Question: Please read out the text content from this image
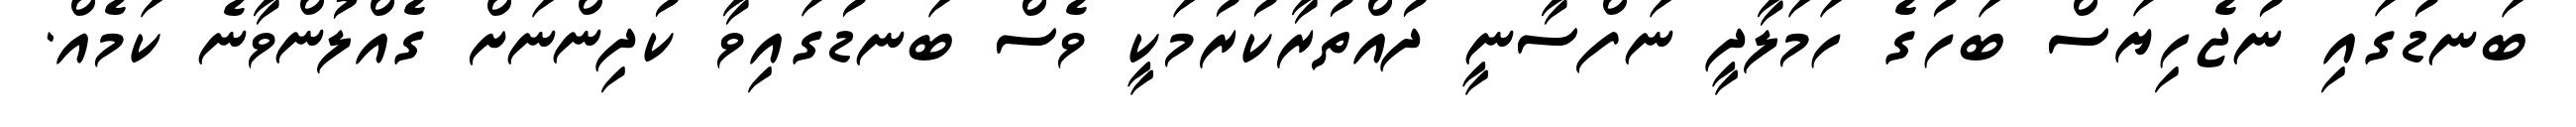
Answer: ބަނޑުގައި ނުޖެހިޔަސް ބަހުގެ ހަމަލާދީ ނަފްސާނީ ދުއްތުރާކުރުމަކީ ވެސް ބަނޑުގައިވާ ކުދިންނަށް ގެއްލުންވާނެ ކަމެއް.